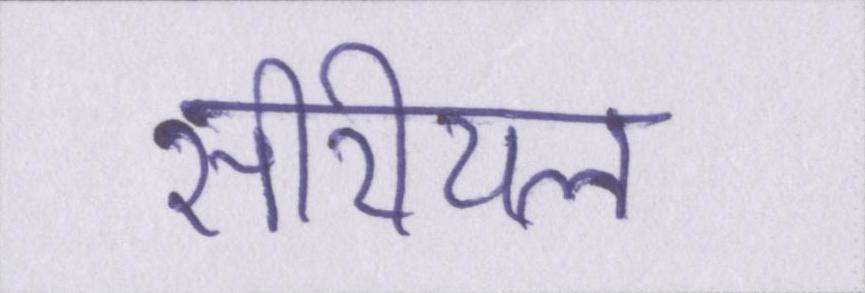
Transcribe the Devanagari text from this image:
सीरीयल